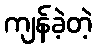
ကျန်ခဲ့တဲ့